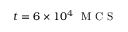
t = 6 \times 1 0 ^ { 4 } ~ \mathrm { ~ M ~ C ~ S ~ }